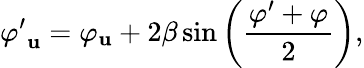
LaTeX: {\varphi^{\prime}}_{\mathbf{u}}=\varphi_{\mathbf{u}}+2\beta\sin\left({\frac{{\varphi^{\prime}+\varphi}}{{2}}}\right),